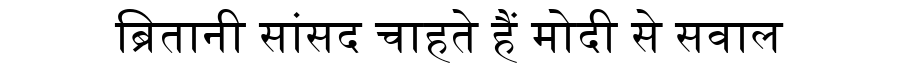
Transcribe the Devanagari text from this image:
ब्रितानी सांसद चाहते हैं मोदी से सवाल